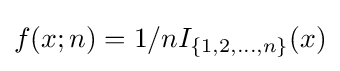
f(x;n)=1/nI_{\{1,2,\ldots ,n\}}(x)